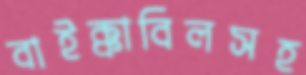
বাইক্কাবিলসহ